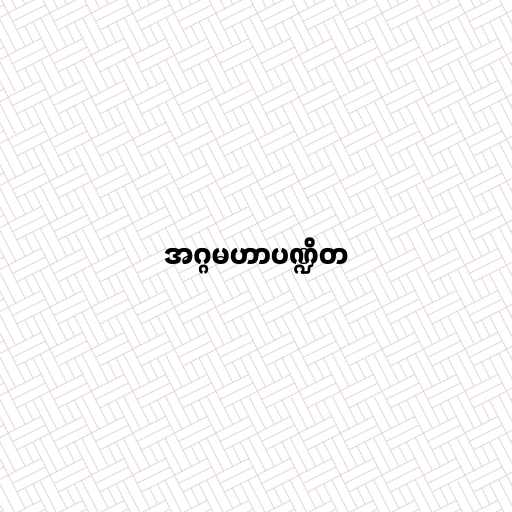
အဂ္ဂမဟာပဏ္ဍိတ